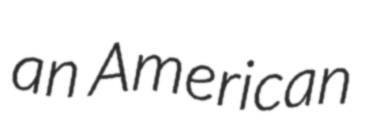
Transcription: an American